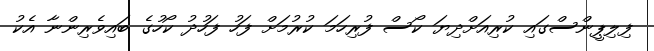
ފިލިޕީންސްގައި ކުރިއަށްދިޔަ ކޯސް ފުރިހަމަ ކުރުމަށް ފަހު ފަހުދު ކޯހުގެ ބައިވެރިންނާ އެކު